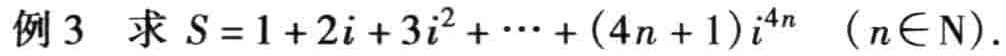
例 3 求 \(S = 1 + 2i + 3i^{2}+\cdots+(4n + 1)i^{4n}\) \((n\in\mathrm{N})\).